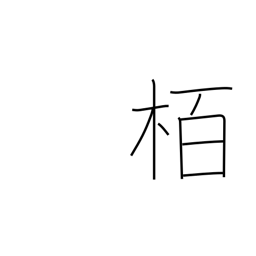
Meaning: oak